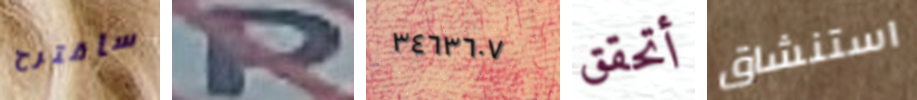
سأقترح P ٣٤٦٣٦٠٧ أتحقق استنشاق